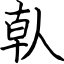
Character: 倝